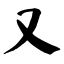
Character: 又